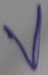
Text: V